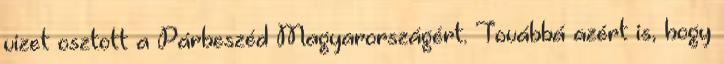
vizet osztott a Párbeszéd Magyarországért. Továbbá azért is, hogy